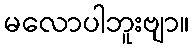
မလောပါဘူးဗျာ။